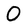
Character: O